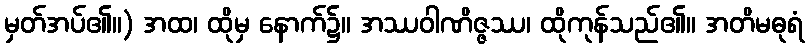
မှတ်အပ်၏။) အထ၊ ထိုမှ နောက်၌။ အဿဝါဏိဇ္ဇဿ၊ ထိုကုန်သည်၏။ အတိမဓုရံ